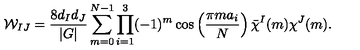
{ \cal W } _ { I J } = \frac { 8 d _ { I } d _ { J } } { | G | } \sum _ { m = 0 } ^ { N - 1 } \prod _ { i = 1 } ^ { 3 } ( - 1 ) ^ { m } \cos \left( \frac { \pi m a _ { i } } { N } \right) \bar { \chi } ^ { I } ( m ) \chi ^ { J } ( m ) .